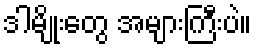
ဒါမျိုးတွေ အများကြီးပဲ။